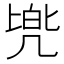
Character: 𫥡